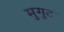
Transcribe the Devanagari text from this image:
मुगुट